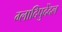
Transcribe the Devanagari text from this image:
ग्लादिपुदेंदल